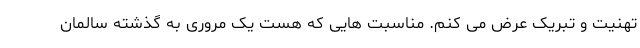
تهنیت و تبریک عرض می کنم. مناسبت هایی که هست یک مروری به گذشته سالمان